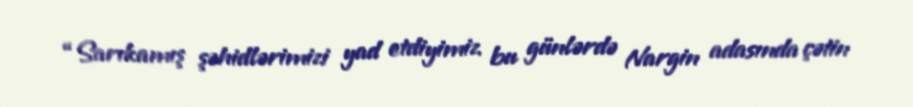
“Sarıkamış şəhidlərimizi yad etdiyimiz bu günlərdə Nargin adasında çətin